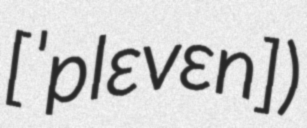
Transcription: [ˈplɛvɛn])